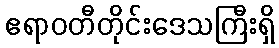
ဧရာဝတီတိုင်းဒေသကြီးရှိ